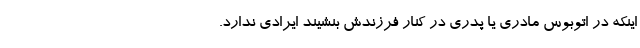
اینکه در اتوبوس مادری یا پدری در کنار فرزندش بنشیند ایرادی ندارد.